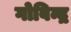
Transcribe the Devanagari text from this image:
गोविन्द्र